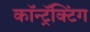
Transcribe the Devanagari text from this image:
कॉन्ट्रॅक्टिंग